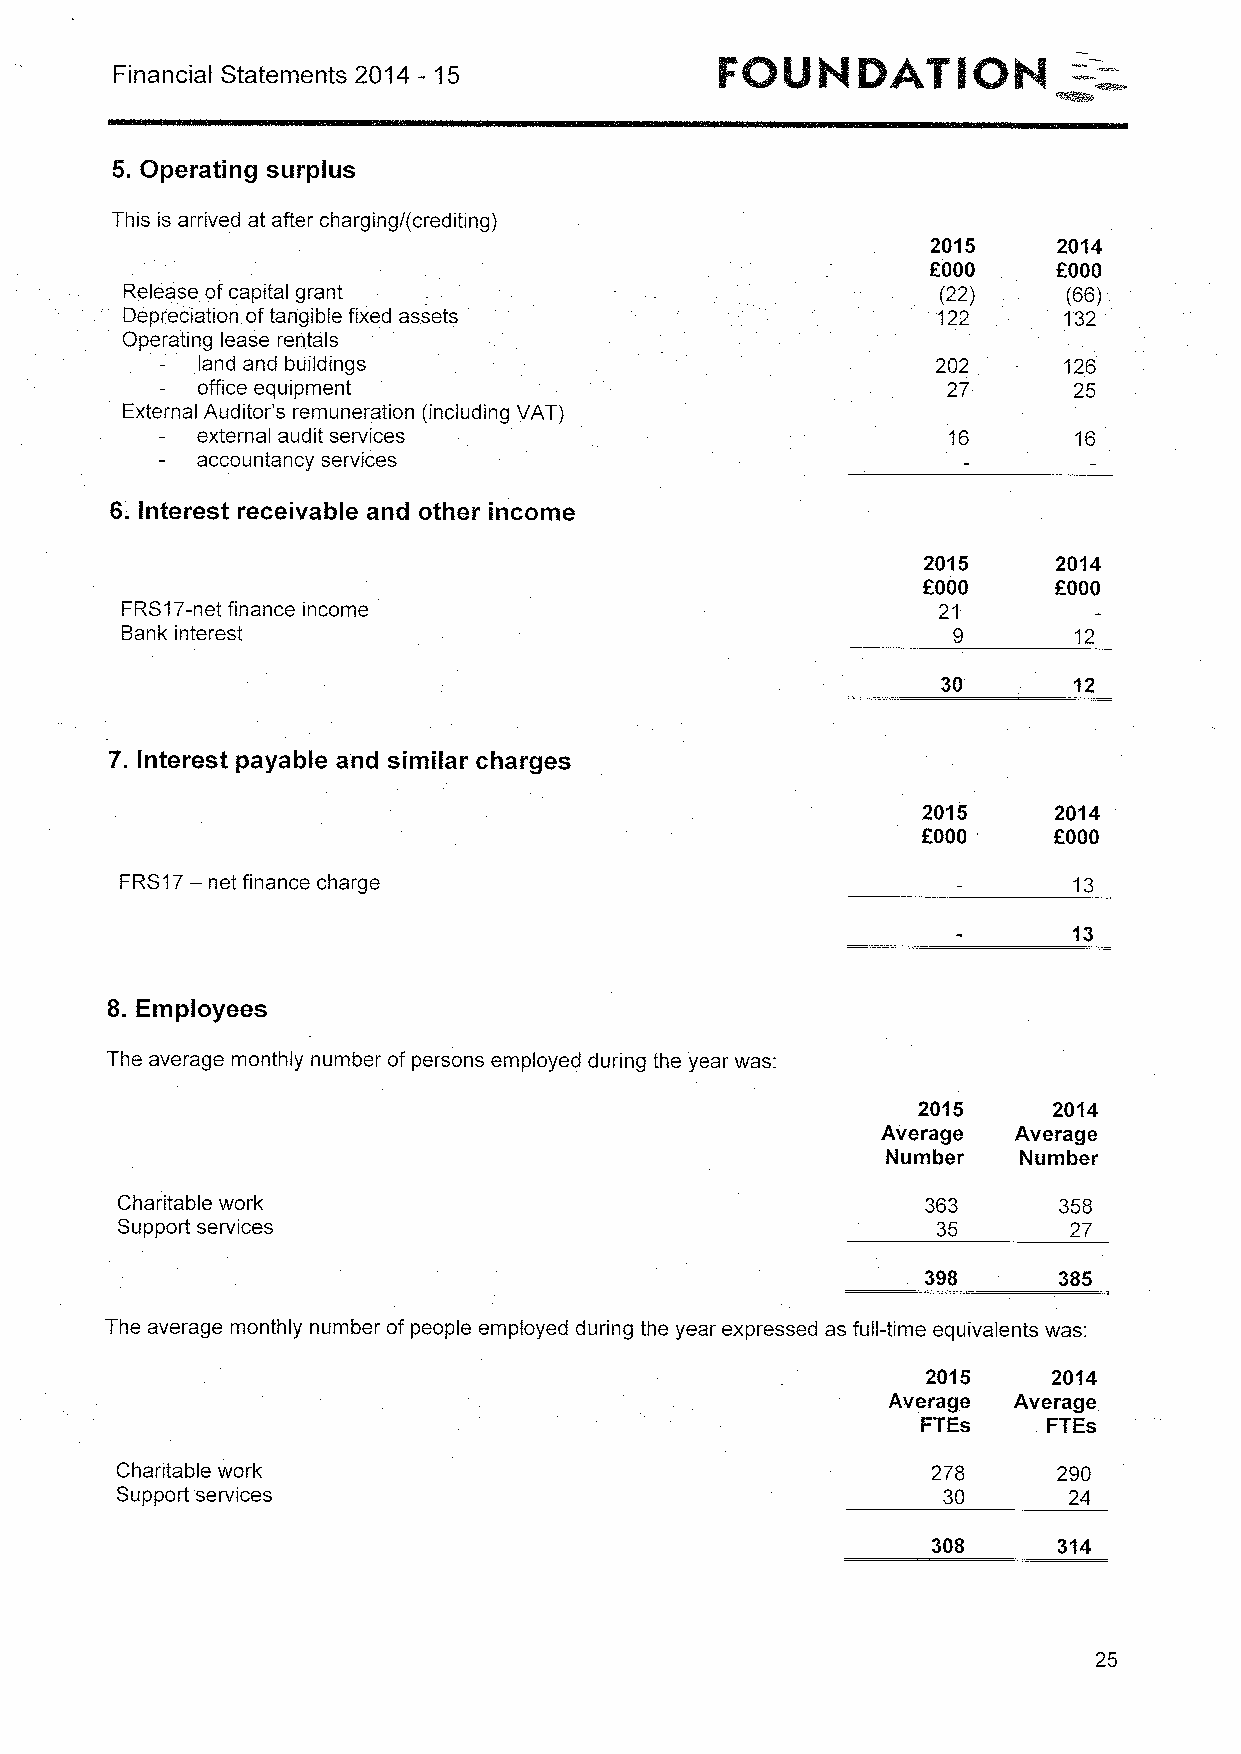
Financial Statements 2014 - 15
 5.Operating surplus
 This is arrived at after charging/(crediting)
 2015    2014
 f000
 EOOD
 Release ofcapital grant                               (22)     (66)
 Depreciation oftangible fixed assets                  122     132
 Operating lease rentals
 land and buildings                               202     126
 office equipment                                  27      25
 External Auditor's remuneration (including VAT)
 external audit services                           16      16
 accountancy services
 6. Interest receivable and other income
 2015     2014
 KQOO     FOOD
 FRS17-net finance income                              21
 Bank interest                                          9       12
 30       12
 7. Interest payable and similar charges
 2015     2014
 EOOD     EOOD
 FRS17—
 net finance charge                                       13
 13
 8. Employees
 The average monthly number of persons employed during the year was:
 2015     2014
 Average  Average
 Number  Number
 Charitable work                                      363      358
 Support services                                      35       27
 398      385
 The average monthly number of people employed during the year expressed as full-time equivalents was:
 2015     2014
 Average Average
 FTEs    FTEs
 Charitable work                                       278     290
 Support services                                      30       24
 308     314
 25